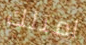
امتلك